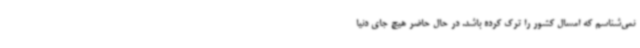
نمی‌شناسم که امسال کشور را ترک کرده باشد. در حال حاضر هیچ جای دنیا